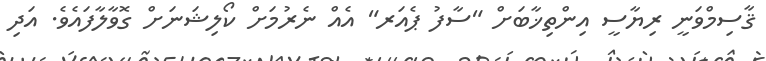
ޤާސިމްވަނީ ރިޔާސީ އިންތިޚާބަށް "ސާފު ޕެއަރ" އެއް ނެރުމަށް ކޯލިޝަނަށް ގޮވާލާފައެވެ. އަދި